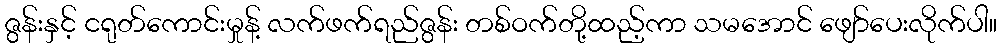
ဇွန်းနှင့် ငရုတ်ကောင်းမှုန့် လက်ဖက်ရည်ဇွန်း တစ်ဝက်တို့ထည့်ကာ သမအောင် ဖျော်ပေးလိုက်ပါ။